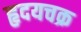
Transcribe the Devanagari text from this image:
हृदयचक्र